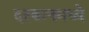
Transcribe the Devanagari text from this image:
दरबानमध्ये